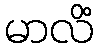
မာလိံ